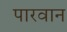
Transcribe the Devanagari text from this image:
पारवान